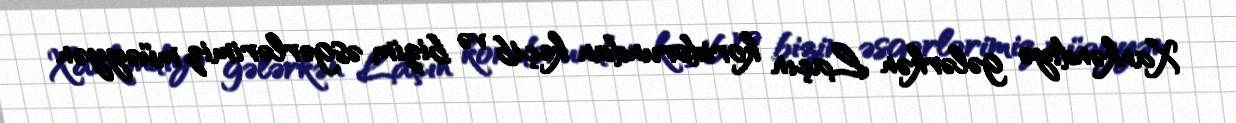
Xankəndiyə gələrkən Laçın koridorundan keçib və bizim əsgərlərimiz müəyyən